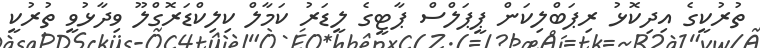
ތުރުކީގެ އިދިކޮޅު ރިޕަބްލިކަން ޕީޕަލްސް ޕާޓީގެ ލީޑަރު ކަމާލް ކިލިކްޑަރޮގްލޫ ވިދާޅުވީ ތުރުކީ